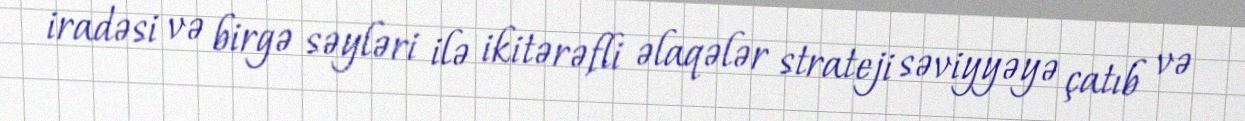
iradəsi və birgə səyləri ilə ikitərəfli əlaqələr strateji səviyyəyə çatıb və